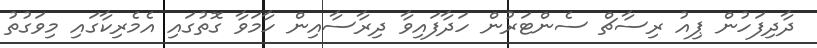
ދާދިފަހުން ޕިއު ރިސާޗް ސެންޓަރުން ހަދާފައިވާ ދިރާސާއިން ހާމަވާ ގޮތުގައި އެމެރިކާގައި މިވަގުތު